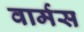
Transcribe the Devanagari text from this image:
वार्मस